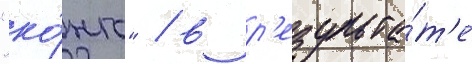
"ко́нго" / в р'езульта́т'е